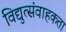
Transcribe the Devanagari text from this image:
विद्युत्संवाहकता